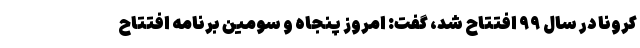
کرونا در سال ۹۹ افتتاح شد، گفت: امروز پنجاه و سومین برنامه افتتاح